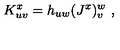
K _ { u v } ^ { x } = h _ { u w } ( J ^ { x } ) _ { v } ^ { w } \ ,